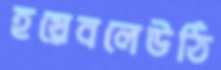
হয়েবলেউঠি